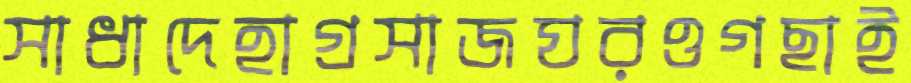
সাধাদেহাগ্রসাজঘরওগছাই